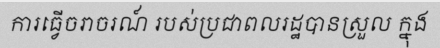
ការធ្វើចរាចរណ៍ របស់ប្រជាពលរដ្ឋបានស្រួល ក្នុង